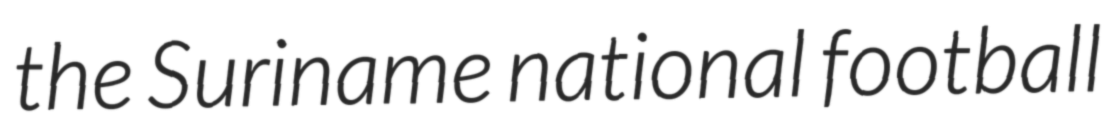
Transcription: the Suriname national football